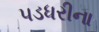
પડધરીના